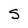
Character: S